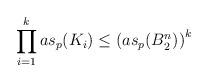
LaTeX: \begin{align*}\prod_{i=1}^k as_p(K_i) \le \left(as_p(B^n_2)\right)^k\end{align*}